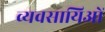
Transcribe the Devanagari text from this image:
व्यवसायिओं